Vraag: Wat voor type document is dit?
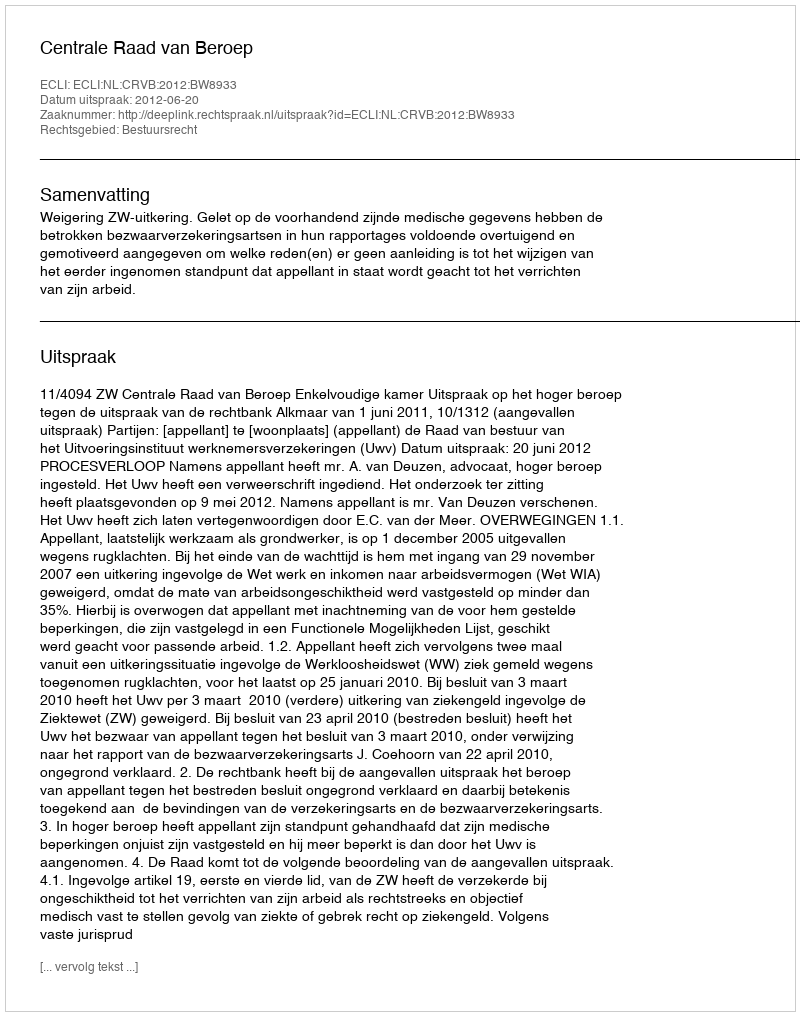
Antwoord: Uitspraak